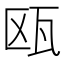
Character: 瓯